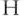
H